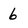
Character: 6